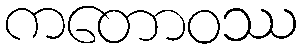
ကတောဝဿ